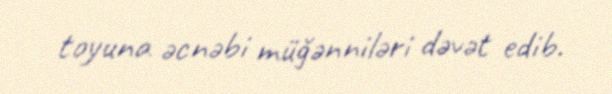
toyuna əcnəbi müğənniləri dəvət edib.